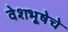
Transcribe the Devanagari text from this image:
वेशभूषेचे